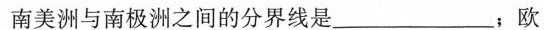
南美洲与南极洲之间的分界线是_____；欧